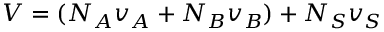
V = ( N _ { A } v _ { A } + N _ { B } v _ { B } ) + N _ { S } v _ { S }